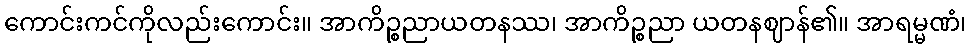
ကောင်းကင်ကိုလည်းကောင်း။ အာကိဉ္စညာယတနဿ၊ အာကိဉ္စညာ ယတနဈာန်၏။ အာရမ္မဏံ၊